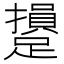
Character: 𨆥